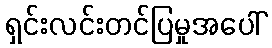
ရှင်းလင်းတင်ပြမှုအပေါ်